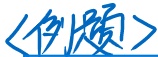
$<$例题$>$